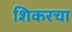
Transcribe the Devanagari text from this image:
शिकरचा